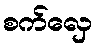
စက်လှေ